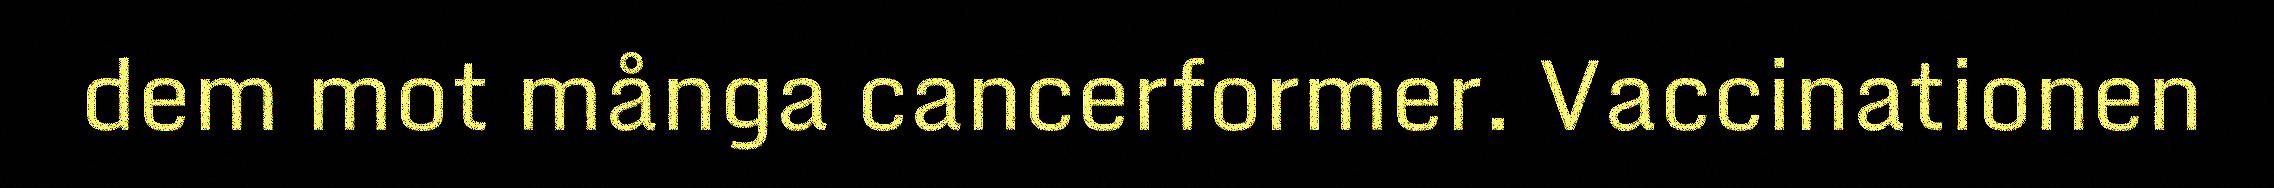
dem mot många cancerformer. Vaccinationen